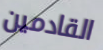
القادمين